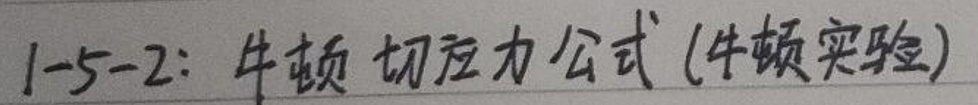
1-5-2: 牛顿切应力公式 (牛顿实验)